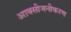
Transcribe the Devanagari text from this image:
आक्सीजनीकरण